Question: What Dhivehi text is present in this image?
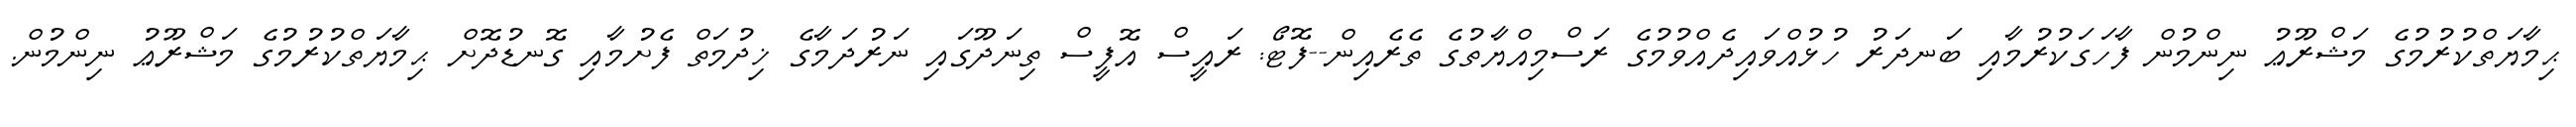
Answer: ޙިމާޔަތްކުރުމުގެ މަޝްރޫޢު ނިންމުން ފާހަގަކުރުމާއި ބަނދަރު ހުޅުއްވައިދެއްވުމުގެ ރަސްމިއްޔާތުގެ ތެރެއިން--ފޮޓޯ: ރައީސް އޮފީސް ތިނަދޫގައި ނަރުދަމާގެ ޚިދުމަތް ފެށުމާއި ގޮނޑުދޮށް ޙިމާޔަތްކުރުމުގެ މަޝްރޫޢު ނިންމުން.